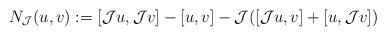
LaTeX: \begin{align*}N_{\mathcal J }(u, v) : = [\mathcal J u , \mathcal Jv] - [ u, v] - \mathcal J ( [\mathcal J u, v] + [u, \mathcal J v])\end{align*}